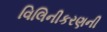
વિલિનીકરણની